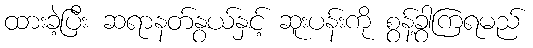
ထားခဲ့ပြီး ဆရာနတ်နွယ်နှင့် ဆူးပန်းကို စွန့်ခွာကြရမည်